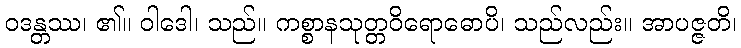
ဝဒန္တဿ၊ ၏။ ဝါဒေါ၊ သည်။ ကစ္စာနသုတ္တဝိရောဓောပိ၊ သည်လည်း။ အာပဇ္ဇတိ၊